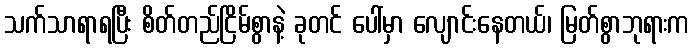
သက်သာရာရပြီး စိတ်တည်ငြိမ်စွာနဲ့ ခုတင် ပေါ်မှာ လျောင်းနေတယ်၊ မြတ်စွာဘုရားက